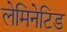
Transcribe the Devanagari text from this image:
लेमिनेटिड